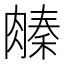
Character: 𬛌